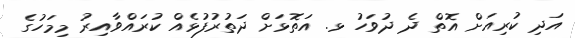
އަދި ކުރިއަށް އޮތް ދެ ދުވަހު ޅ. އަތޮޅަށް ދަތުރުފުޅެއް ކުރައްވާއިރު މިމަހުގެ